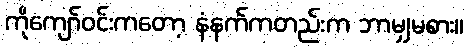
ကိုကျော်ဝင်းကတော့ နံနက်ကတည်းက ဘာမျှမစား။